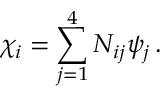
\chi _ { i } = \sum _ { j = 1 } ^ { 4 } N _ { i j } \psi _ { j } \, .